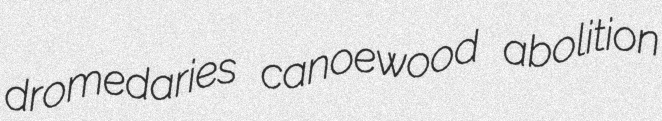
dromedaries canoewood abolition